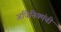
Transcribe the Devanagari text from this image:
अधिनियमंची